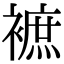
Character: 𧜥